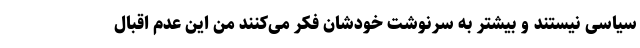
سیاسی نیستند و بیشتر به سرنوشت خودشان فکر می‌کنند من این عدم اقبال